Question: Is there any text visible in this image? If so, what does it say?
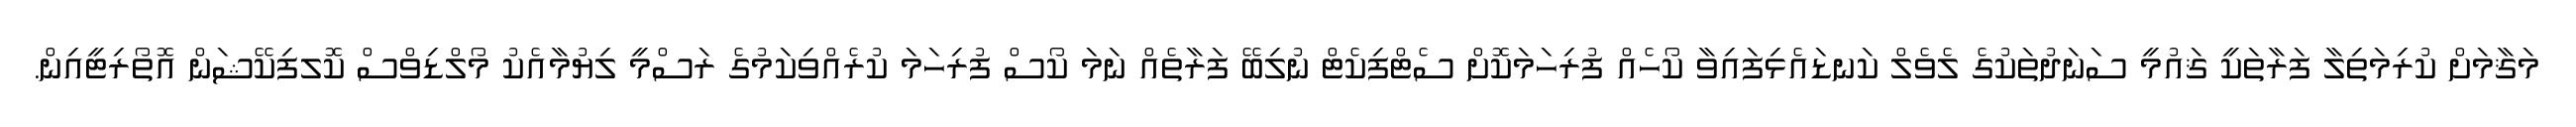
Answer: މަޤާމަށް ކުރިމަތިލާ ފަރާތަކީ ޤައުމީ ސަނަދުތަކުގެ ލެވެލް ކަނޑައެޅިފައިވާ ކޯހެއް ފުރިހަމަކޮށް ސެޓްފިކެޓް ނުލިބޭ ފަރާތެއް ނަމަ ކޯސް ފުރިހަމަ ކުރެއްވިކަމުގެ ރަސްމީ ލިޔުމާއެކު މޯލްޑިވްސް ކޮލފިކޭޝަން އޮތޯރިޓީއިން.